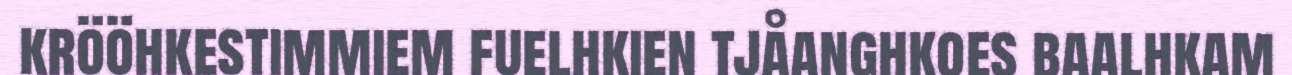
krööhkestimmiem fuelhkien tjåanghkoes baalhkam